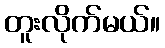
တူးလိုက်မယ်။